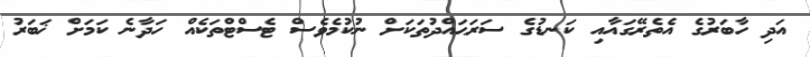
އަދި ހާބަރުގެ އެތެރޭގައާއި ކަނޑުގެ ސަރަޙައްދުތަކަށް ނުކުމެވެސް ޓެސްޓްތަކެއް ހަދާނެ ކަމަށް ޚަބަރު